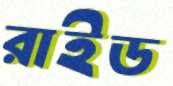
রাইড